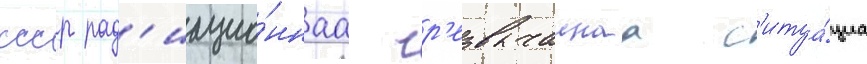
ссср рад'иацио́ннаа чр'езвычаинаа с'итуа́циа